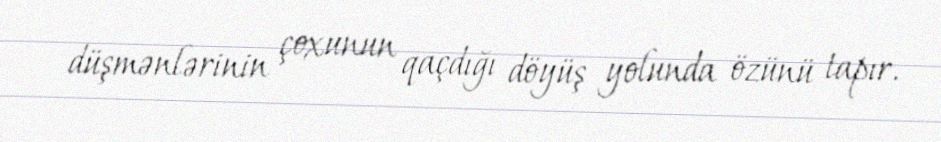
düşmənlərinin çoxunun qaçdığı döyüş yolunda özünü tapır.